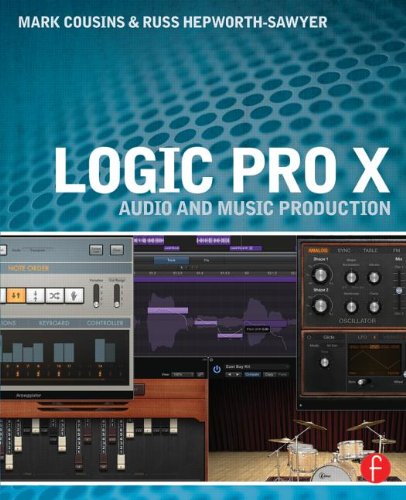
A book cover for Logic Pro X: Audio and Music Production; Mark Cousins; Science & Math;